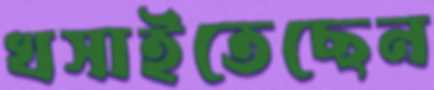
খসাইতেছেন